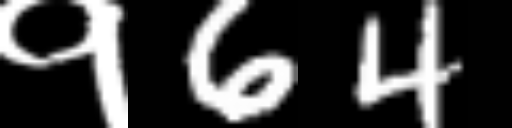
Text: १64